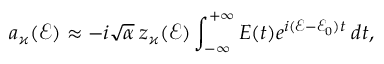
a _ { \varkappa } ( \mathcal { E } ) \approx - i \sqrt { \alpha } \: z _ { \varkappa } ( \mathcal { E } ) \int _ { - \infty } ^ { + \infty } E ( t ) e ^ { i ( \mathcal { E } - \mathcal { E } _ { 0 } ) t } \: d t ,